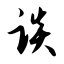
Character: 谈